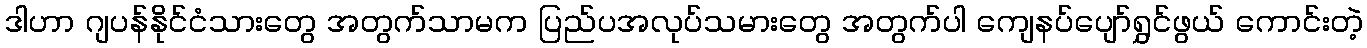
ဒါဟာ ဂျပန်နိုင်ငံသားတွေ အတွက်သာမက ပြည်ပအလုပ်သမားတွေ အတွက်ပါ ကျေနပ်ပျော်ရွှင်ဖွယ် ကောင်းတဲ့